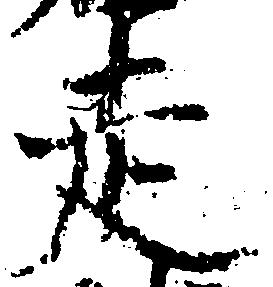
走